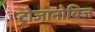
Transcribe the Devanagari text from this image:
ट्रोजानोविज